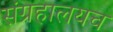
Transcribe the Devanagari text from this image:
संग्रहालयच